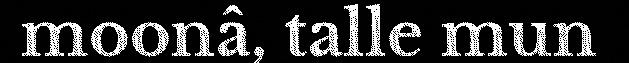
moonâ, talle mun